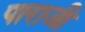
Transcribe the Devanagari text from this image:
पाराजी